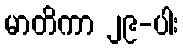
မာတိကာ ၂၉-ပါး